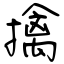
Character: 擒